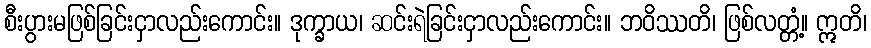
စီးပွားမဖြစ်ခြင်းငှာလည်းကောင်း။ ဒုက္ခာယ၊ ဆင်းရဲခြင်းငှာလည်းကောင်း။ ဘဝိဿတိ၊ ဖြစ်လတ္တံ့။ ဣတိ၊